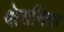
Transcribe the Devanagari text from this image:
पोराभिता